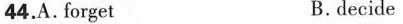
44.A. forget В. decide